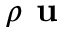
\rho \textbf { u }